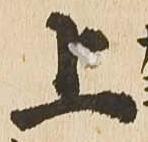
上